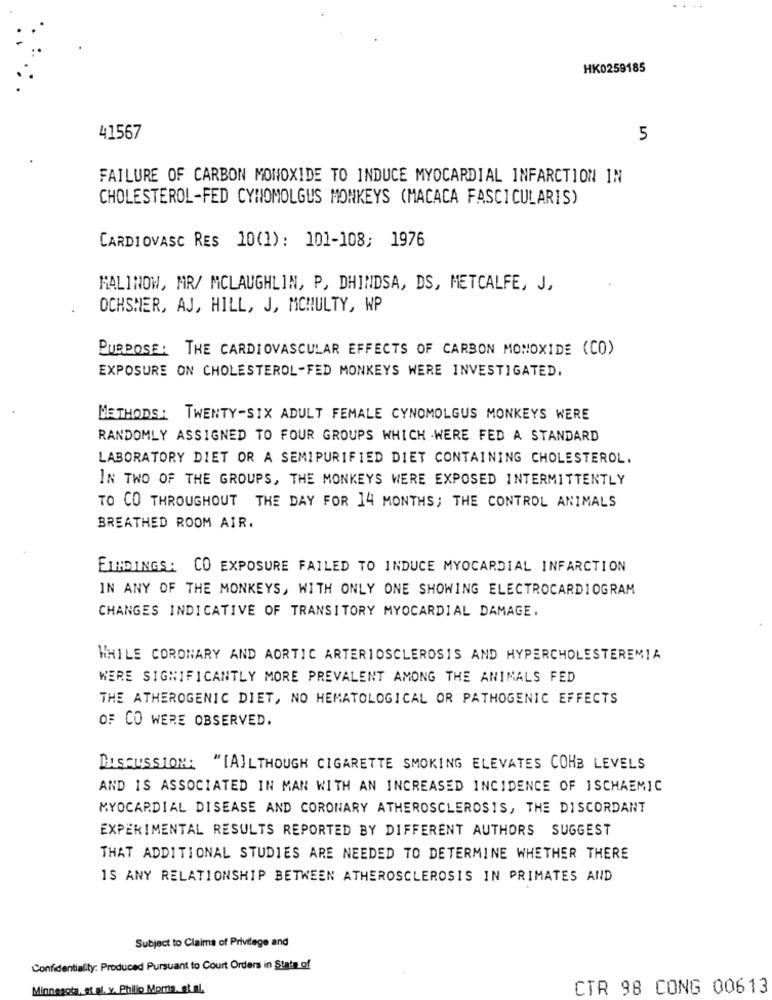
HK0259185
41567
5
FAILURE OF CARBON MONOXIDE TO INDUCE MYOCARDIAL INFARCTION IN
CHOLESTEROL-FED CYNOMOLGUS MONKEYS (MACACA FASCICULARIS)
CARDIOVASC RES 10(1): 101-108; 1976
MALINOW, MR/ MCLAUGHLIN, P, DHINDSA, DS, METCALFE, J,
OCHSHER, AJ, HILL, J, MCNULTY, WP
PURPOSE: THE CARDIOVASCULAR EFFECTS OF CARBON MONOXIDE (CO)
EXPOSURE ON CHOLESTEROL-FED MONKEYS WERE INVESTIGATED.
METHODS: TWENTY-SIX ADULT FEMALE CYNOMOLGUS MONKEYS WERE
RANDOMLY ASSIGNED TO FOUR GROUPS WHICH WERE FED A STANDARD
LABORATORY DIET OR A SEMIPURIFIED DIET CONTAINING CHOLESTEROL.
IN TWO OF THE GROUPS, THE MONKEYS WERE EXPOSED INTERMITTENTLY
TO CO THROUGHOUT THE DAY FOR 14 MONTHS; THE CONTROL ANIMALS
BREATHED ROOM AIR.
FINDINGS: CO EXPOSURE FAILED TO INDUCE MYOCARDIAL INFARCTION
IN ANY OF THE MONKEYS, WITH ONLY ONE SHOWING ELECTROCARDIOGRAM
CHANGES INDICATIVE OF TRANSITORY MYOCARDIAL DAMAGE.
WHILE CORONARY AND AORTIC ARTERIOSCLEROSIS AND HYPERCHOLESTEREMIA
WERE SIGNIFICANTLY MORE PREVALENT AMONG THE ANIMALS FED
THE ATHEROGENIC DIET, NO HEMATOLOGICAL OR PATHOGENIC EFFECTS
OF CO WERE OBSERVED.
DISCUSSION: "[A]LTHOUGH CIGARETTE SMOKING ELEVATES COHB LEVELS
AND IS ASSOCIATED IN MAN WITH AN INCREASED INCIDENCE OF ISCHAEMIC
MYOCARDIAL DISEASE AND CORONARY ATHEROSCLEROSIS, THE DISCORDANT
EXPERIMENTAL RESULTS REPORTED BY DIFFERENT AUTHORS SUGGEST
THAT ADDITIONAL STUDIES ARE NEEDED TO DETERMINE WHETHER THERE
IS ANY RELATIONSHIP BETWEEN ATHEROSCLEROSIS IN PRIMATES AND
Subject to Claims of Privilege and
Confidentiality: Produced Pursuant to Court Orders in State of
Minnesota, at al. y. Philip Morris, et al.
CTR 98 CONG 00613